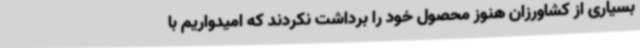
بسیاری از کشاورزان هنوز محصول خود را برداشت نکردند که امیدواریم با